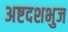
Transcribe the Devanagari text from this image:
अष्टदशभुज